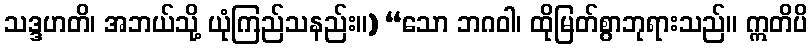
သဒ္ဒဟတိ၊ အဘယ်သို့ ယုံကြည်သနည်း။) “သော ဘဂဝါ၊ ထိုမြတ်စွာဘုရားသည်။ ဣတိပိ